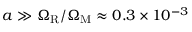
a \gg \Omega _ { \mathrm { R } } / \Omega _ { \mathrm { M } } \approx 0 . 3 \times 1 0 ^ { - 3 }